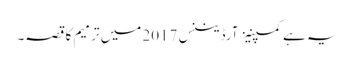
یہ ہے کمپنیز آرڈیننس 2017 میں ترمیم کا قصہ۔